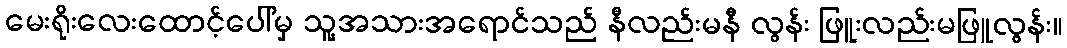
မေးရိုးလေးထောင့်ပေါ်မှ သူ့အသားအရောင်သည် နီလည်းမနီ လွန်း ဖြူးလည်းမဖြူလွန်း။